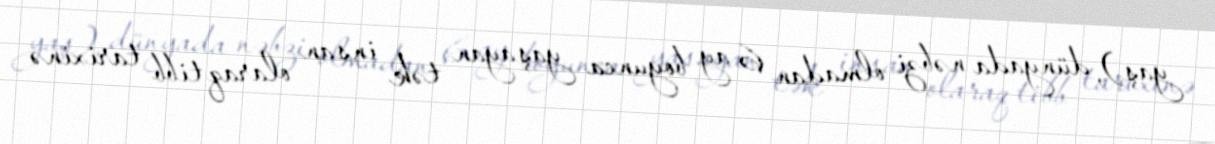
yaş), dünyada nəbzi olmadan 6 ay boyunca yaşayan tək insan olaraq tibb tarixinə